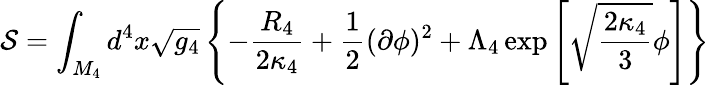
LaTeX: {\cal S}=\int_{M_{4}}d^{4}x\sqrt{g_{4}}\left\{ -\frac{R_{4}}{2\kappa_{4}}+\frac{1}{2}(\partial\phi)^{2}+\Lambda_{4}\exp\left[\sqrt{\frac{2\kappa_{4}}{3}}\phi\right]\right\}